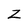
Character: Z